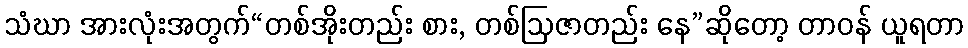
သံဃာ အားလုံးအတွက်“တစ်အိုးတည်း စား, တစ်ဩဇာတည်း နေ”ဆိုတော့ တာဝန် ယူရတာ